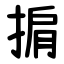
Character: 掮